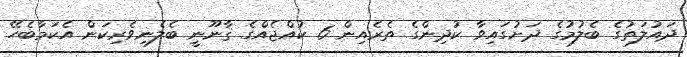
ދައުލަތުގެ ބެލުމުގެ ދަށުގައިވާ ކުދިންގެ ތެރެއިން 6 ކުއްޖެއްގެ ޤާނޫނީ ބެލެނިވެރިކަން އެކަމާބެހޭ